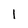
Character: l